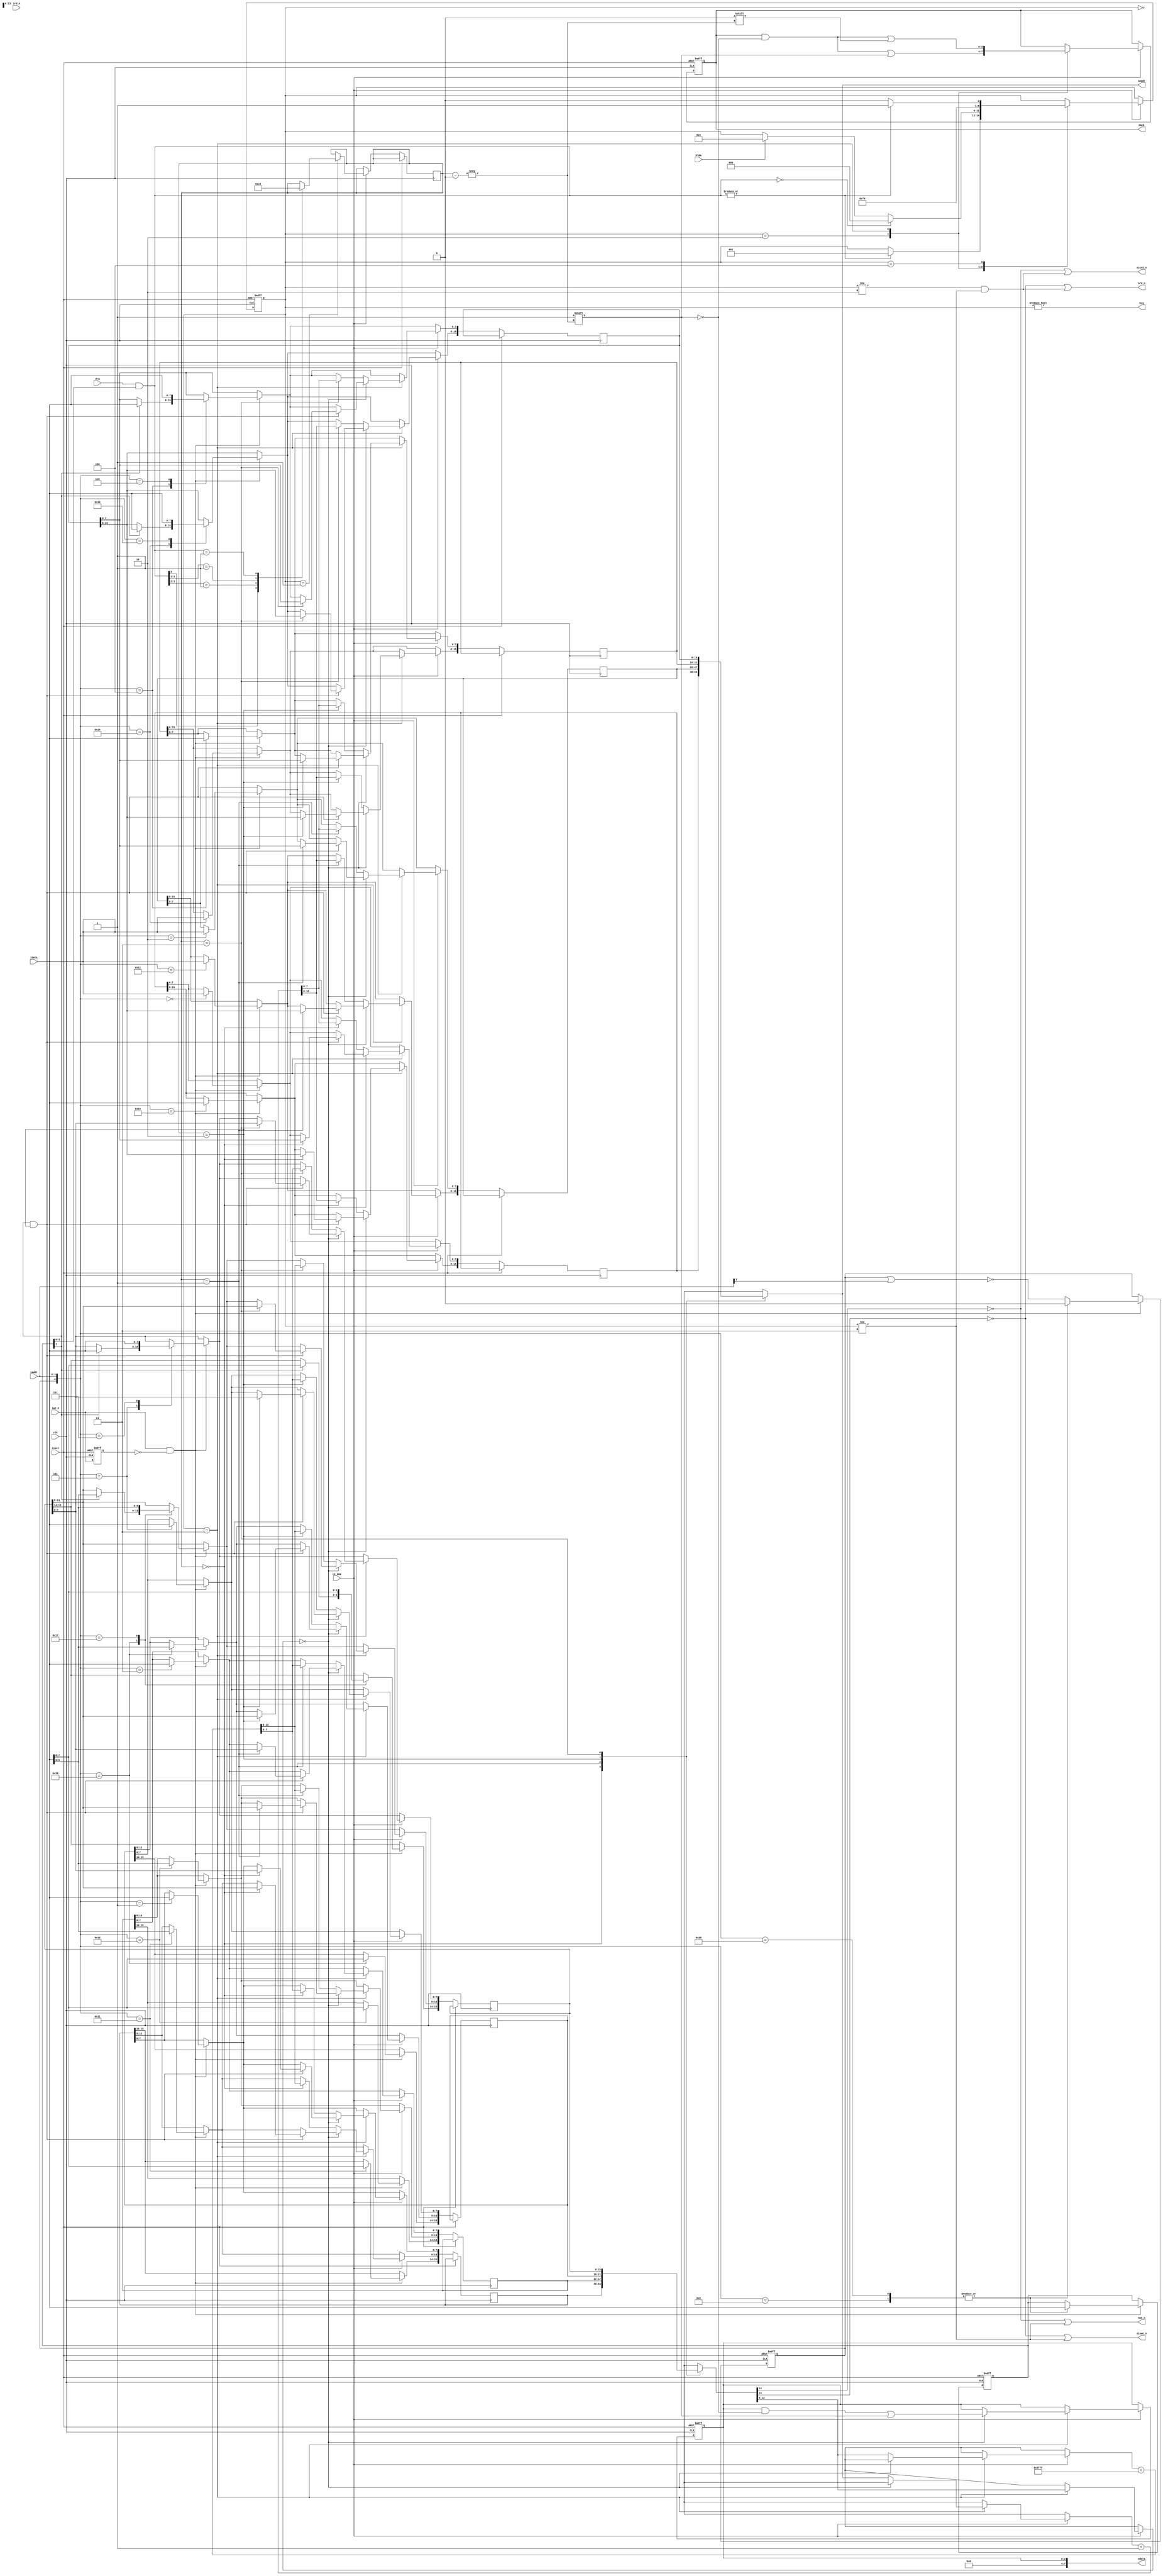
// ====================================================================
//                Radio-86RK FPGA REPLICA
//
//            Copyright (C) 2011 Dmitry Tselikov
//
// This core is distributed under modified BSD license. 
// For complete licensing information see LICENSE.TXT.
// -------------------------------------------------------------------- 
//
// An open implementation of K580VT57 DMA controller
//
// 
// Design File: k580vt57.v
//
// Warning: This realization is not fully operational.

module k580vt57
(
	input         clk,
	input         ce_dma,
	input         reset,
	input   [3:0] iaddr,
	input   [7:0] idata,
	input   [3:0] drq,
	input         iwe_n,
	input         ird_n,
	input         hlda,
	output        hrq,
	output  [3:0] dack,
	output  [7:0] odata,
	output [15:0] oaddr,
	output        owe_n,
	output        ord_n,
	output        oiowe_n,
	output        oiord_n 
);

parameter ST_IDLE = 0;
parameter ST_WAIT = 1;
parameter ST_T1   = 2;
parameter ST_T2   = 3;
parameter ST_T3   = 4;
parameter ST_T4   = 5;
parameter ST_T5   = 6;
parameter ST_T6   = 7;


reg  [3:0] ack;
reg  [2:0] state;
reg  [1:0] channel;
reg  [7:0] mode;
reg  [3:0] chstate;
reg [15:0] chaddr[3:0];
reg [15:0] chtcnt[3:0];
reg        ff,exiwe_n;

assign dack    = ack;
assign hrq     = state!=ST_IDLE;
assign odata   = {4'd0, chstate};
assign oaddr   = chaddr[channel];
assign owe_n   = chtcnt[channel][14]==0 || state!=ST_T2;
assign ord_n   = chtcnt[channel][15]==0 || (state!=ST_T1 && state!=ST_T2);
assign oiowe_n = chtcnt[channel][15]==0 || state!=ST_T2;
assign oiord_n = chtcnt[channel][14]==0 || (state!=ST_T1 && state!=ST_T2);

wire[3:0] mdrq = drq & mode[3:0];

always @(posedge clk or posedge reset) begin
	if (reset) begin
		state <= 0; ff <= 0; mode <= 0; exiwe_n <= 1;
		chstate <= 0; ack <= 0;
	end else begin
		exiwe_n <= iwe_n;
		if (iwe_n && ~exiwe_n) begin
			ff <= ~(ff|iaddr[3]);
			case({ff, iaddr})
				5'b00000: chaddr[0][7:0]  <= idata;
				5'b00001: chtcnt[0][7:0]  <= idata;
				5'b00010: chaddr[1][7:0]  <= idata;
				5'b00011: chtcnt[1][7:0]  <= idata;
				5'b00100: begin chaddr[2][7:0]  <= idata; if(mode[7]) chaddr[3][7:0]  <= idata; end
				5'b00101: begin chtcnt[2][7:0]  <= idata; if(mode[7]) chtcnt[3][7:0]  <= idata; end
				5'b00110: chaddr[3][7:0]  <= idata;
				5'b00111: chtcnt[3][7:0]  <= idata;
				5'b10000: chaddr[0][15:8] <= idata;
				5'b10001: chtcnt[0][15:8] <= idata;
				5'b10010: chaddr[1][15:8] <= idata;
				5'b10011: chtcnt[1][15:8] <= idata;
				5'b10100: begin chaddr[2][15:8] <= idata; if(mode[7]) chaddr[3][15:8] <= idata; end
				5'b10101: begin chtcnt[2][15:8] <= idata; if(mode[7]) chtcnt[3][15:8] <= idata; end
				5'b10110: chaddr[3][15:8] <= idata;
				5'b10111: chtcnt[3][15:8] <= idata;
				5'b01000: {ff,mode} <= {1'b0,idata};
				5'b11000: {ff,mode} <= {1'b0,idata};
				 default: ;
			endcase
		end

		if(ce_dma) begin
			case (state)
				ST_IDLE: begin
					if (|mdrq) state <= ST_WAIT;
				end
				ST_WAIT: begin
					if (hlda) state <= ST_T1;
					casex (mdrq[3:0])
						4'b1xxx: channel <= 3;
						4'b01xx: channel <= 2;
						4'b001x: channel <= 1;
						4'b0001: channel <= 0;
						4'b0000: state   <= ST_IDLE;
					endcase
				end
				ST_T1: begin
					state <= ST_T2;
					ack[channel] <= 1;
				end
				ST_T2: begin
					ack[channel] <= 0;
					if(!chtcnt[channel][13:0]) begin
						chstate[channel] <= 1;
						if (mode[7] && channel==2) begin
							chaddr[channel] <= chaddr[3];
							chtcnt[channel][13:0] <= chtcnt[3][13:0];
						end
					end else begin
						chaddr[channel] <= chaddr[channel]+1'b1;
						chtcnt[channel][13:0] <= chtcnt[channel][13:0]+14'h3FFF;
					end
					state <= ST_T3;
				end
				ST_T3: begin
					state <= |mdrq ? ST_WAIT : ST_IDLE;
				end
			endcase
		end
	end
end

endmodule